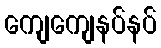
ကျေကျေနပ်နပ်